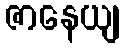
ဇာနေယျ